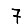
Digit: 7